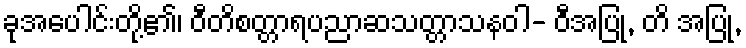
ခုအပေါင်းတို့၏၊ ဝီတိစတ္တာရပညာဆသတ္တာသနဝါ- ဝီအပြု, တိ အပြု,